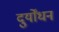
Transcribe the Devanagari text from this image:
दुर्योंधन